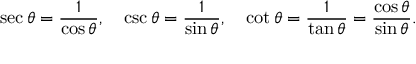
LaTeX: \sec \theta = { \frac { 1 } { \cos \theta } } , \quad \csc \theta = { \frac { 1 } { \sin \theta } } , \quad \cot \theta = { \frac { 1 } { \tan \theta } } = { \frac { \cos \theta } { \sin \theta } } .